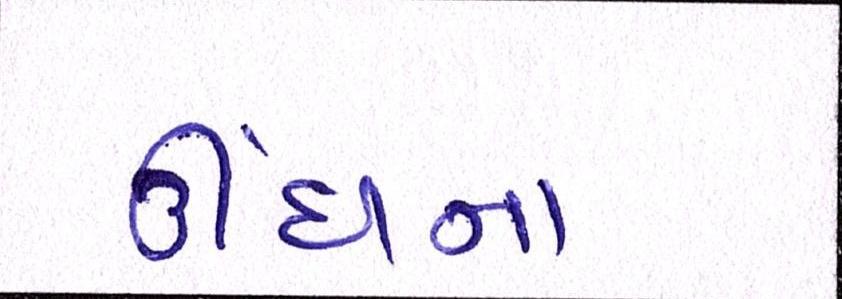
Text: ઊંઘના